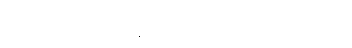
ပြောရရင် ပုံမှန် ဘီယာ သောက်မယ်။